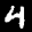
Label: 4